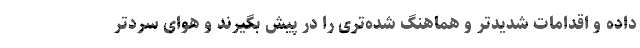
داده و اقدامات شدیدتر و هماهنگ‌ شده‌تری را در پیش بگیرند و هوای سردتر